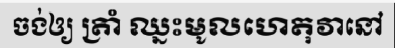
ចង់ឲ្យ ត្រាំ ឈ្នះមូលហេតុវានៅ